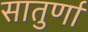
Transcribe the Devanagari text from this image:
सातुर्णा